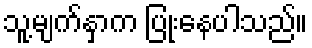
သူ့မျက်နှာက ပြုံးနေပါသည်။